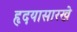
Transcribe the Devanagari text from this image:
हृदयासारखे